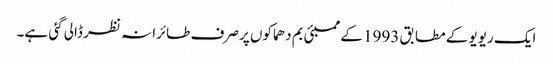
ایک ریویو کے مطابق 1993 کے ممبئی بم دھماکوں پر صرف طائرانہ نظر ڈالی گئی ہے۔